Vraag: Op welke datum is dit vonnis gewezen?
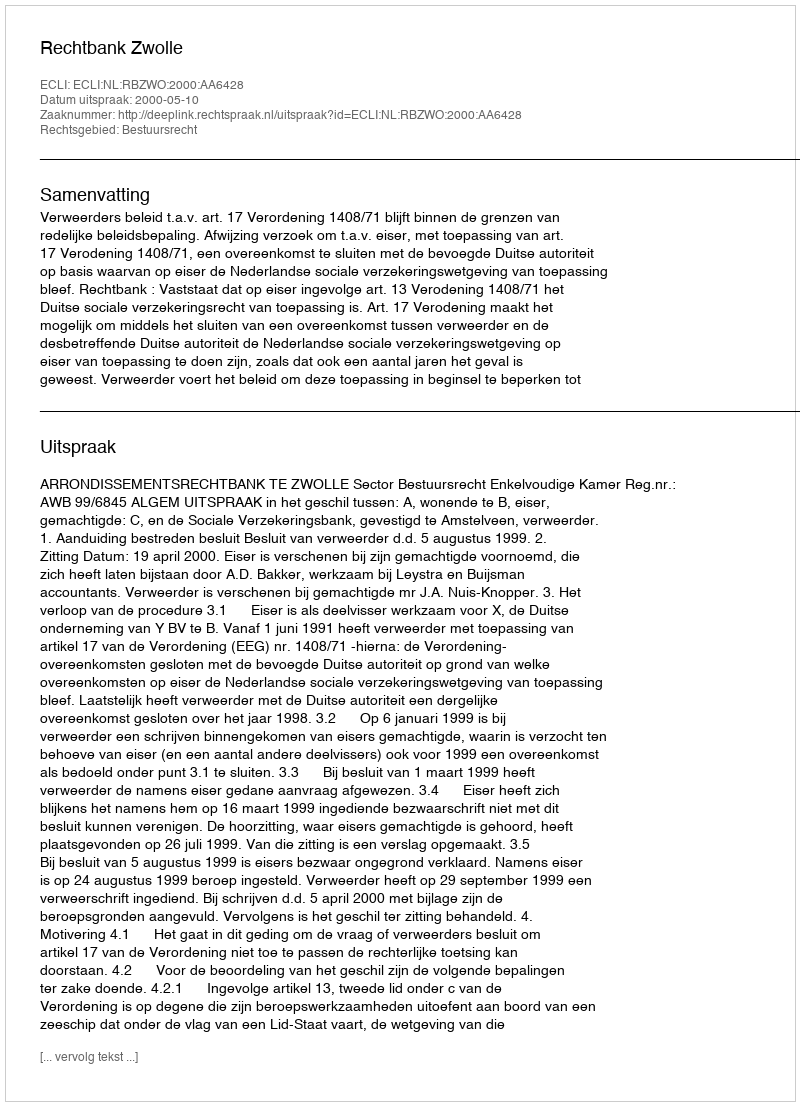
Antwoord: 2000-05-10